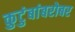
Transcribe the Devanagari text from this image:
कुटुंबांबरोबर